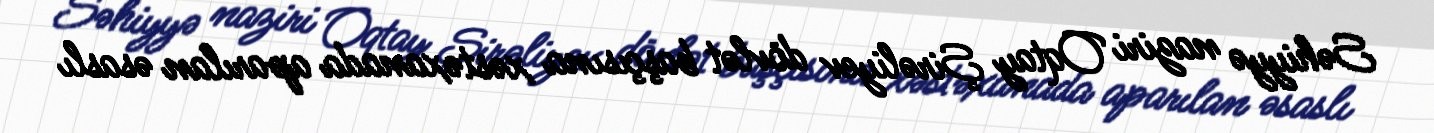
Səhiyyə naziri Oqtay Şirəliyev dövlət başçısına xəstəxanada aparılan əsaslı